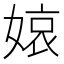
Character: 𡟓